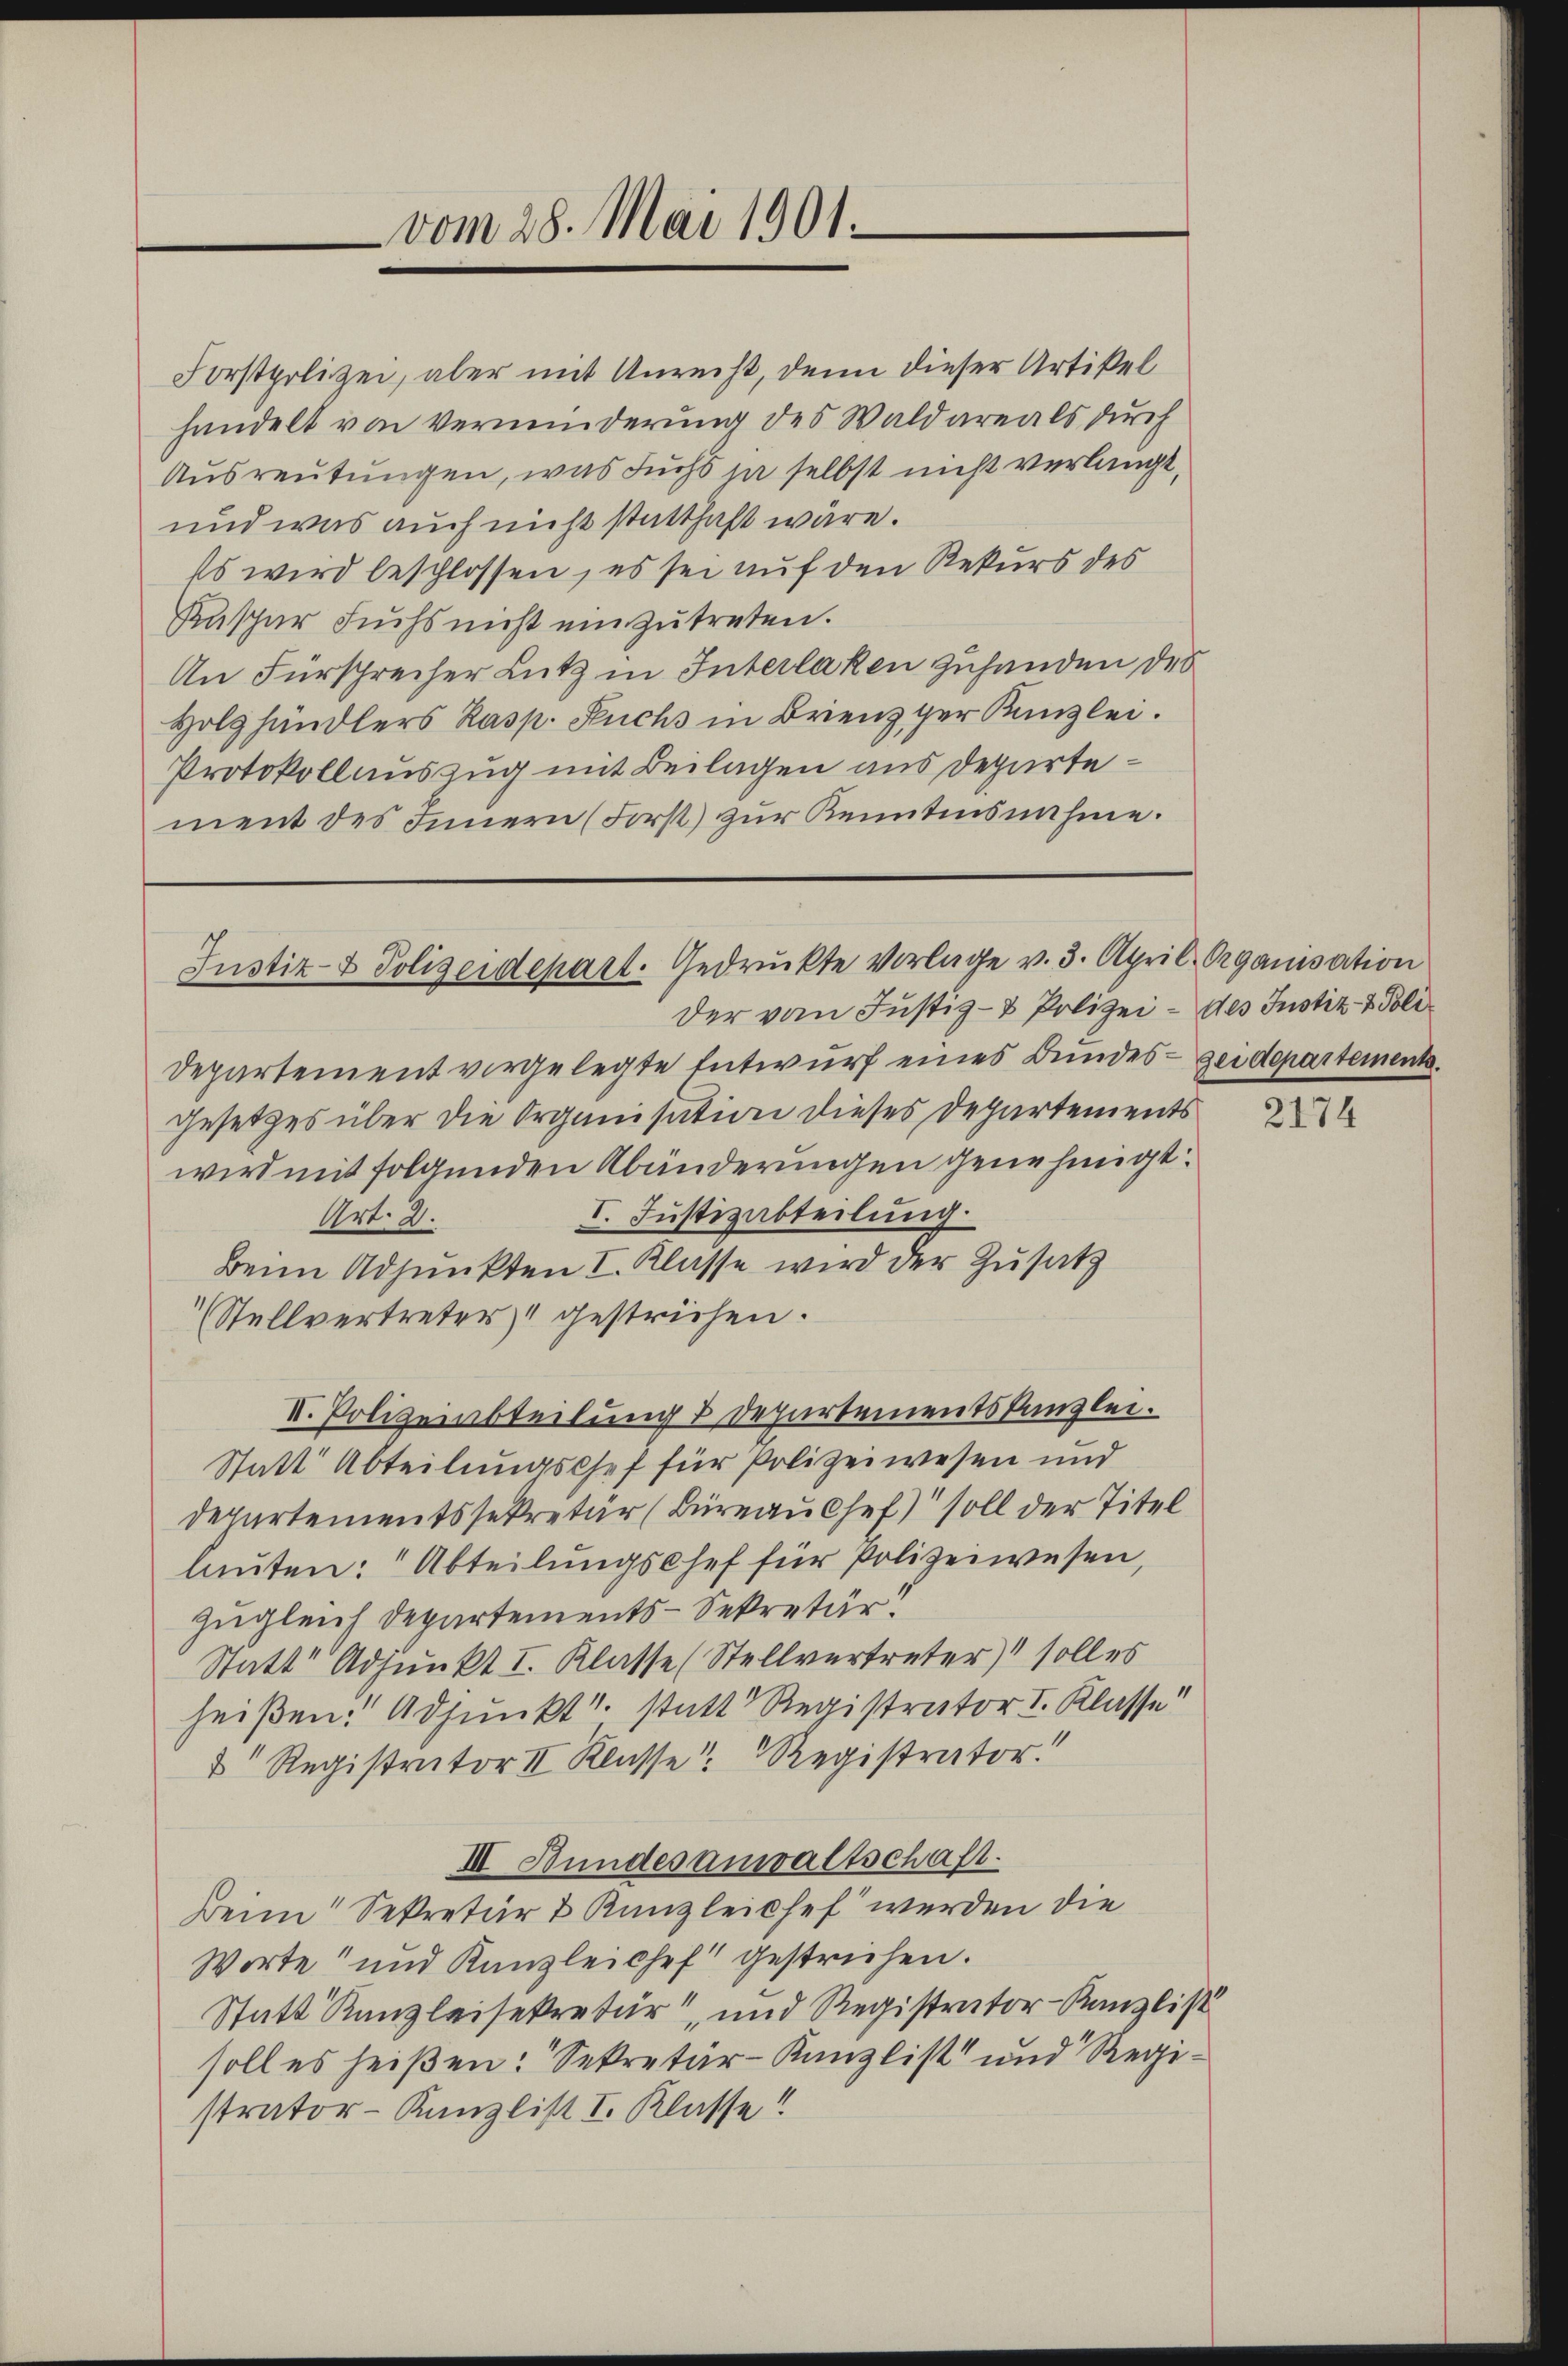
vom 28. Mai 1901.

Forstpolizei, aber mit Anrecht, denn dieser Artikel
handelt von Verminderung des Waldareals durch
Ausreutungen, was Fuchs ja selbst nicht verlangt,
und was auch nicht statthaft wäre.
Es wird beschlossen, es sei auf den Rekurs des
Kuspar Fuchs nicht einzutreten.
An Fürsprecher Lutz in Interlaken zuhanden des
Holzhändlers Kasp. Fuchs in Brienz der Kanzlei.
Protokollauszug mit Beilagen aus Departement des Innern (Forst) zŭr Kenntnisnahme.

Justiz- & Polizeidepart. Gedruckte vorlage v. 3. April Organisation

der vom Justiz- & Polizei - des Justiz- & Poli¬
Departement vorgelegte Entwurf eines Bundes- zeidepartemente.
Gesetzes über die Organisation dieses Departements
wird mit folgenden Abänderungen genehmigt.
I. Justizabteilung.
Art. 2.
Beim Adjunkten I. Klasse wird der Zusatz
Stellvertreter gestrichen.
II. Polizeiabteilung 2 Departementskanzlei.
Statt Abteilungschef für Polizeiwesen und
Departementssekretär (Büreau Chef soll der Titel
lauten: Abteilungschef für Polizeiwesen,
zugleich Departements-Sekretär
Statt Adjunkt I. Klasse (Stellvertreter) soll es
heißen: Adjunkt statt Registrator I. Klasse
& Registrator II Klasse Registrator.
III. Bundesanwaltschaft.
Beim Sekretär & Kanzleichef werden die
Worte und Kanzleichef gestrichen.
Statt Kanzleisekretär, und Registrator-Kanzlist
soll es heißen: Sekretär-Kanzlist und Registrator-Kanzlist I. Klasse!!

4

2174